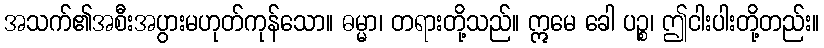
အသက်၏အစီးအပွားမဟုတ်ကုန်သော။ ဓမ္မာ၊ တရားတို့သည်။ ဣမေ ခေါ ပဉ္စ၊ ဤငါးပါးတို့တည်း။